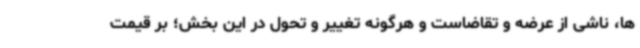
ها، ناشی از عرضه و تقاضاست و هرگونه تغییر و تحول در این بخش؛ بر قیمت